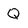
Character: Q